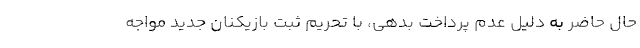
حال حاضر به دلیل عدم پرداخت بدهی، با تحریم ثبت بازیکنان جدید مواجه